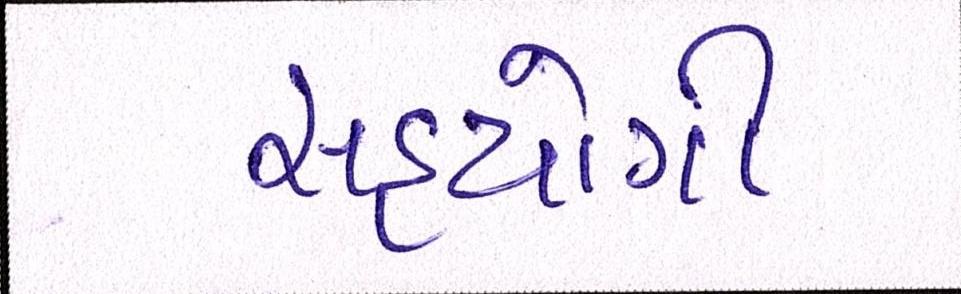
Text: સહયોગી